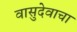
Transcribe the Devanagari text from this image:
वासुदेवाचा